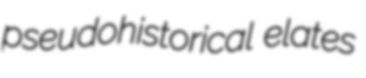
pseudohistorical elates